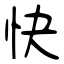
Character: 快